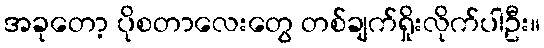
အခုတော့ ပိုစတာလေးတွေ တစ်ချက်ရှိုးလိုက်ပါဦး။